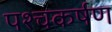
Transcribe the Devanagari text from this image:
पश्चकर्षण